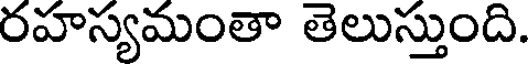
రహస్యమంతా తెలుస్తుంది.